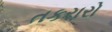
તકરારો